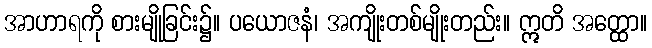
အာဟာရကို စားမျိုခြင်း၌။ ပယောဇနံ၊ အကျိုးတစ်မျိုးတည်း။ ဣတိ အတ္ထော။